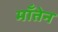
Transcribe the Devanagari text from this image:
माँतेन